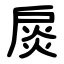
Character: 扊